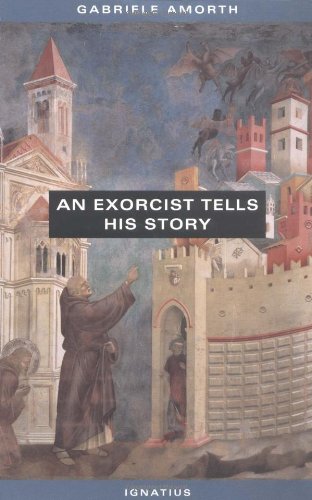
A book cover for An Exorcist Tells His Story; Fr. Gabriele Amorth; Christian Books & Bibles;